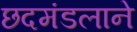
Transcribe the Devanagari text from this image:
छदमंडलाने